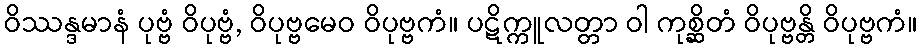
ဝိဿန္ဒမာနံ ပုဗ္ဗံ ဝိပုဗ္ဗံ, ဝိပုဗ္ဗမေဝ ဝိပုဗ္ဗကံ။ ပဋိက္ကူလတ္တာ ဝါ ကုစ္ဆိတံ ဝိပုဗ္ဗန္တိ ဝိပုဗ္ဗကံ။